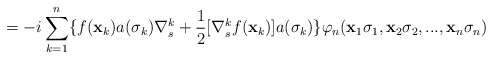
\begin{align*}= -i\sum_{k = 1}^{n}\{ f({\bf{x}}_{k})a(\sigma_{k})\nabla^{k}_{s} + \frac{1}{2}[\nabla^{k}_{s}f({\bf{x}}_{k})]a(\sigma_{k}) \} \varphi_{n}({\bf{x}}_{1}\sigma_{1}, {\bf{x}}_{2}\sigma_{2}, ... , {\bf{x}}_{n}\sigma_{n})\end{align*}